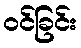
ဝင်ခြင်း